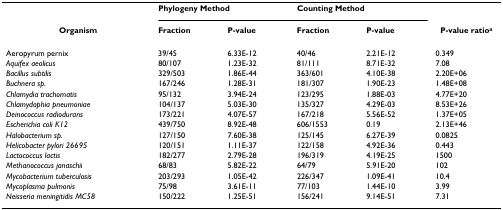
|  | <COLSPAN=2> Phylogeny Method | <COLSPAN=2> Counting Method |  |
 | Organism | Fraction | P-value | Fraction | P-value | P-value ratioa |
 | --- | --- | --- | --- | --- | --- |
 | Aeropyrum pernix | 39/45 | 6.33E-12 | 40/46 | 2.21E-12 | 0.349 |
 | Aquifex aeolicus | 80/107 | 1.23E-32 | 81/111 | 8.71E-32 | 7.08 |
 | Bacillus subtilis | 329/503 | 1.86E-44 | 363/601 | 4.10E-38 | 2.20E+06 |
 | Buchnera sp. | 167/246 | 1.28E-31 | 181/307 | 1.90E-23 | 1.48E+08 |
 | Chlamydia trachomatis | 95/132 | 3.94E-24 | 123/295 | 1.88E-03 | 4.77E+20 |
 | Chlamydophia pneumoniae | 104/137 | 5.03E-30 | 135/327 | 4.29E-03 | 8.53E+26 |
 | Deinococcus radiodurans | 173/221 | 4.07E-57 | 167/218 | 5.56E-52 | 1.37E+05 |
 | Escherichia coli K12 | 439/750 | 8.92E-48 | 606/1553 | 0.19 | 2.13E+46 |
 | Halobacterium sp. | 127/150 | 7.60E-38 | 125/145 | 6.27E-39 | 0.0825 |
 | Helicobacter pylori 26695 | 120/151 | 1.11E-37 | 122/158 | 4.92E-36 | 0.443 |
 | Lactococcus lactis | 182/277 | 2.79E-28 | 196/319 | 4.19E-25 | 1500 |
 | Methanococcus janaschii | 68/83 | 5.82E-22 | 64/79 | 5.91E-20 | 102 |
 | Mycobacterium tuberculosis | 203/293 | 1.05E-42 | 226/347 | 1.09E-41 | 10.4 |
 | Mycoplasma pulmonis | 75/98 | 3.61E-11 | 77/103 | 1.44E-10 | 3.99 |
 | Neisseria meningitidis MC58 | 150/222 | 1.25E-51 | 156/241 | 9.14E-51 | 7.31 |